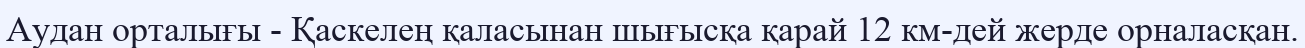
Аудан орталығы - Қаскелең қаласынан шығысқа қарай 12 км-дей жерде орналасқан.